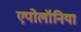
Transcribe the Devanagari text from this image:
एपोलॉनिया